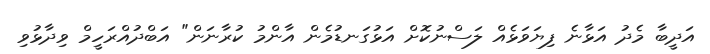
އަދީބާ މެދު އަޅާނެ ފިޔަވަޅެއް ލަސްނުކޮށް އަޅުގަނޑުމެން އާންމު ކުރާނަން" އަބްދުއްރަހީމް ވިދާޅުވި